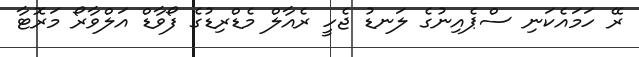
ރޭ ހަމައެކަނި ސްޕެއިނުގެ ލަނޑު ޖެހީ ރެއާލް މެޑްރިޑުގެ ފޯވާޑް އަލްވާރޯ މަރޮޓާ